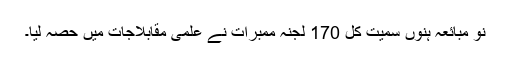
نو مبائعہ ہنوں سمیت کُل 170 لجنہ ممبرات نے علمی مقابلاجات میں حصہ لیا۔